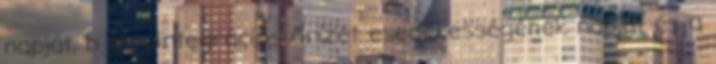
napját, b a reintegrációs őrizet esedékességének napját és a